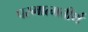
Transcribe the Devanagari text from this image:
परमात्मतीर्थ